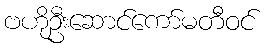
ဗဟိုဦးဆောင်ကော်မတီဝင်